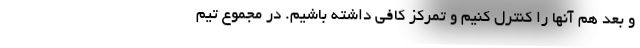
و بعد هم آنها را کنترل کنیم و تمرکز کافی داشته باشیم. در مجموع تیم